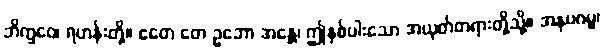
ဘိက္ခဝေ၊ ရဟန်းတို့။ ဧတေ တေ ဥဘော အန္တေ၊ ဤနှစ်ပါးသော အယုတ်တရားတို့သို့။ အနုပဂမ္မ၊